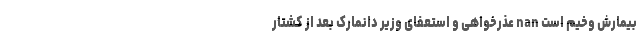
بیمارش وخیم است nan عذرخواهی و استعفای وزیر دانمارک بعد از کشتار